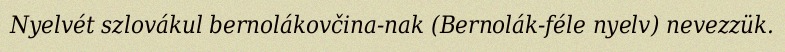
Nyelvét szlovákul bernolákovčina-nak (Bernolák-féle nyelv) nevezzük.